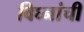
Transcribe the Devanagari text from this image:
विघ्नांची